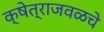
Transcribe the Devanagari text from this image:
क्षेत्राजवळचे